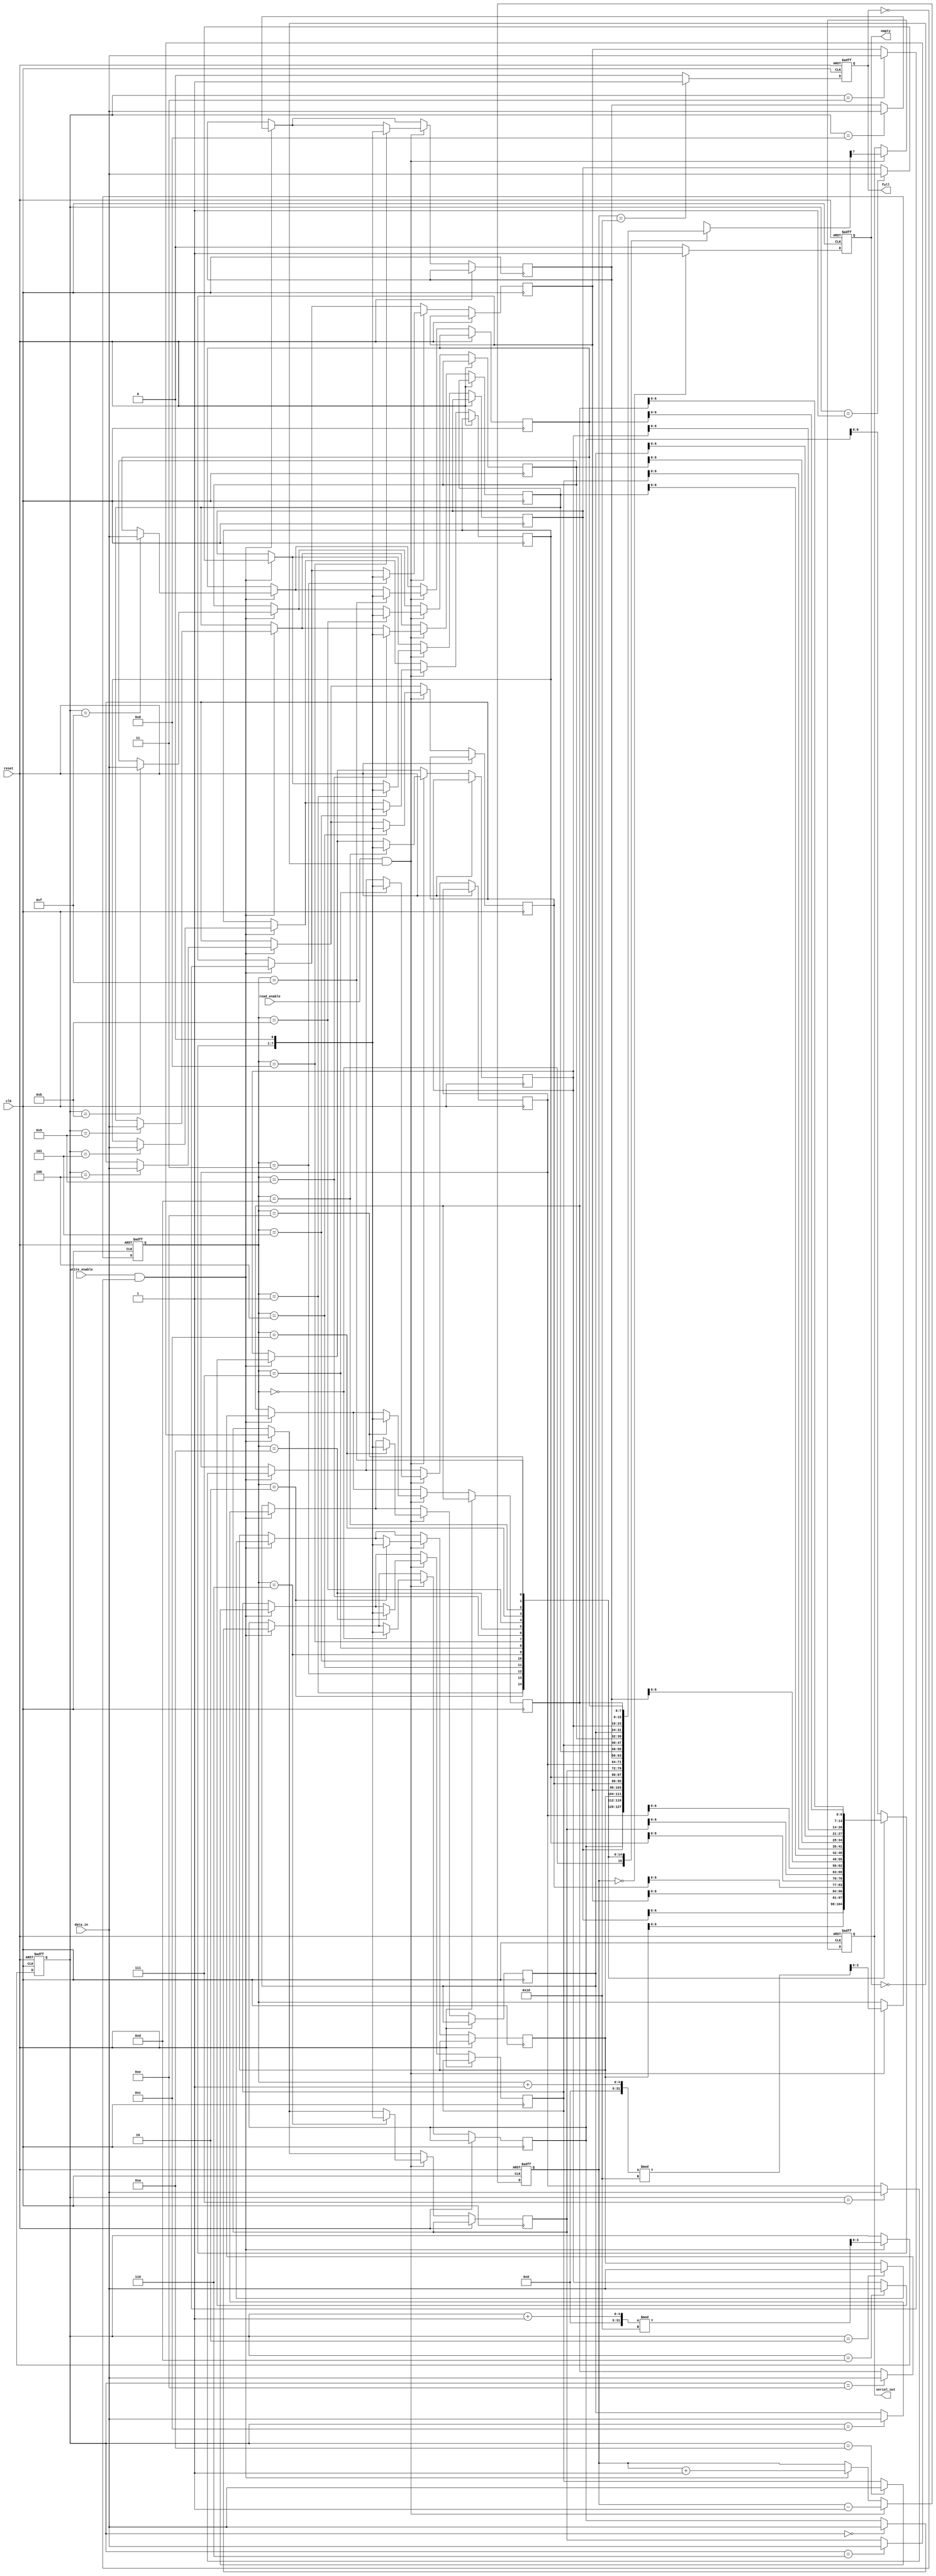
module fifo_piso #(
    parameter DATA_WIDTH = 8,  // Width of data input
    parameter FIFO_DEPTH = 16   // Depth of the FIFO
)(
    input wire clk,              // Clock signal
    input wire reset,            // Reset signal
    input wire write_enable,     // Write enable signal
    input wire read_enable,      // Read enable signal
    input wire [DATA_WIDTH-1:0] data_in, // Parallel data input
    output reg serial_out,       // Serial output
    output reg empty,            // Empty flag
    output reg full              // Full flag
);

    reg [DATA_WIDTH-1:0] fifo_mem [0:FIFO_DEPTH-1]; // FIFO memory
    reg [3:0] write_ptr;       // Write pointer
    reg [3:0] read_ptr;        // Read pointer
    reg [4:0] count;           // Number of items currently in FIFO

    // Initial conditions
    initial begin
        write_ptr = 0;
        read_ptr = 0;
        count = 0;
        empty = 1;
        full = 0;
        serial_out = 0;
    end

    // FIFO control logic, read/write operations
    always @(posedge clk or posedge reset) begin
        if (reset) begin
            // Reset all conditions
            write_ptr <= 0;
            read_ptr <= 0;
            count <= 0;
            empty <= 1;
            full <= 0;
            serial_out <= 0;
        end else begin
            // Write operation
            if (write_enable && !full) begin
                fifo_mem[write_ptr] <= data_in; // Store data at write pointer
                write_ptr <= (write_ptr + 1) % FIFO_DEPTH; // Increment write pointer
                count <= count + 1; // Increment count
            end

            // Read operation
            if (read_enable && !empty) begin
                serial_out <= fifo_mem[read_ptr][DATA_WIDTH-1]; // Output most significant bit
                // Shift approximately if more bits are present
                fifo_mem[read_ptr] <= {fifo_mem[read_ptr][DATA_WIDTH-2:0], 1'b0}; // Shift left
                read_ptr <= (read_ptr + 1) % FIFO_DEPTH; // Increment read pointer
                count <= count - 1; // Decrement count
            end

            // Update empty/full flags
            if (count == 0) begin
                empty <= 1;
            end else begin
                empty <= 0;
            end
            if (count == FIFO_DEPTH) begin
                full <= 1;
            end else begin
                full <= 0;
            end
        end
    end
endmodule